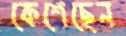
কেশেছেন